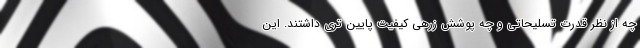
چه از نظر قدرت تسلیحاتی و چه پوشش زرهی کیفیت پایین تری داشتند. این